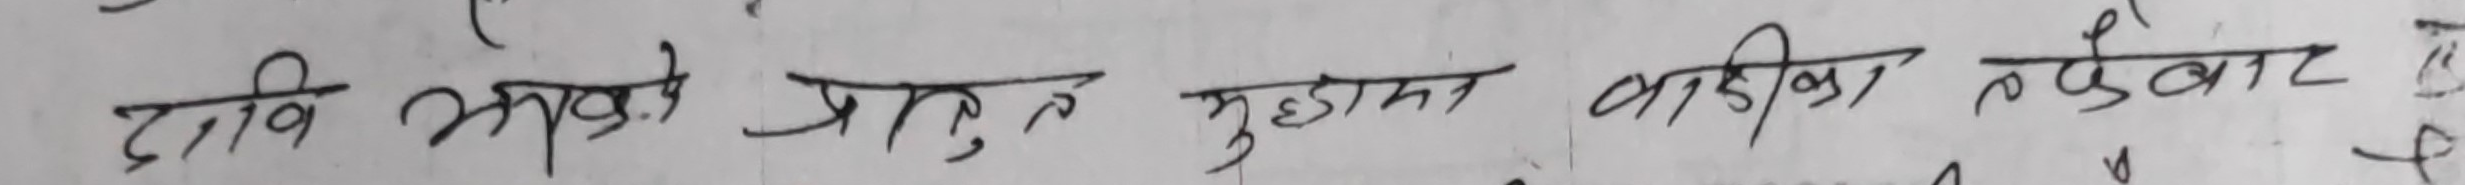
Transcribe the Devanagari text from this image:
दावि सबको प्रादुत मुहामा बाडीका तफेबाट